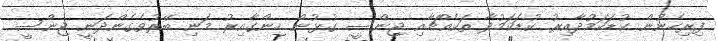
ފިރިހެނުން ކުޑަކަމުދާއިރު ކުޑަކަމުދާ ތަކެއްޗާއި ޖިންސީ ގުޅުން ހިންގާއިރު މަނި ބޭރުވެގެންދަނީ ޖިންސީ